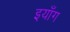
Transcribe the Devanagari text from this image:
इयाँग